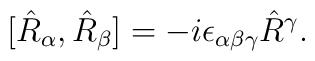
[\hat{R}_\alpha,\hat{R}_\beta]=-i\epsilon_{\alpha\beta\gamma}\hat{R}{}^{\gamma}.